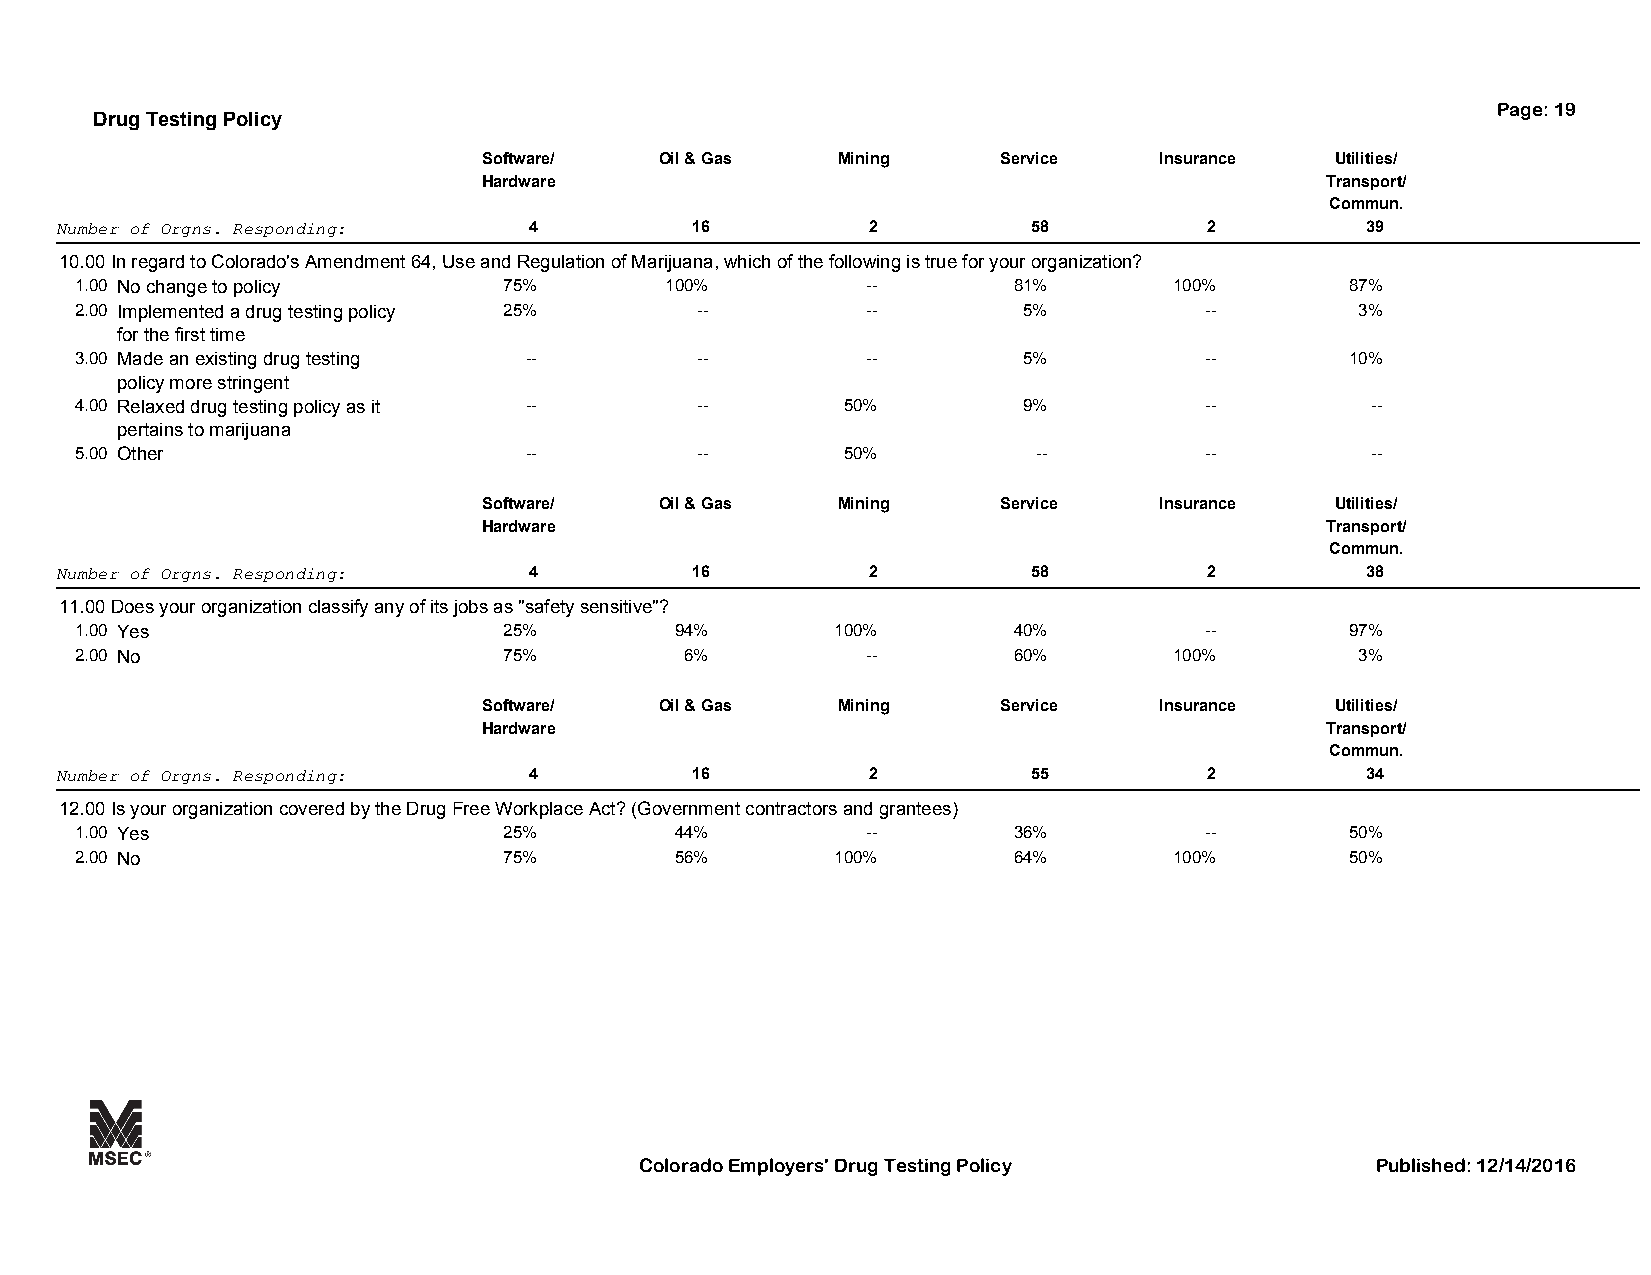
Page: 19
 Drug Testing Policy
 Software/   Oil & Gas  Mining     Service    Insurance  Utilities/
 Hardware                                                Transport/
 Commun.
 Number of Orgns. Responding:   4          16          2         58          2         39
 10.00In regard to Colorado's Amendment 64, Use and Regulation of Marijuana, which of the following is true for your organization?
 1.00 No change to policy    75%        100%         --        81%        100%       87%
 2.00 Implemented a drug testing policy 25% --       --         5%          --        3%
 for the first time
 3.00 Made an existing drug testing --    --         --         5%          --       10%
 policy more stringent
 4.00 Relaxed drug testing policy as it -- --       50%         9%          --         --
 pertains to marijuana
 5.00 Other                    --         --        50%          --         --         --
 Software/   Oil & Gas  Mining     Service    Insurance  Utilities/
 Hardware                                                Transport/
 Commun.
 Number of Orgns. Responding:   4          16          2         58          2         38
 11.00Does your organization classify any of its jobs as "safety sensitive"?
 1.00 Yes                    25%         94%       100%        40%          --       97%
 2.00 No                     75%         6%          --        60%        100%        3%
 Software/   Oil & Gas  Mining     Service    Insurance  Utilities/
 Hardware                                                Transport/
 Commun.
 Number of Orgns. Responding:   4          16          2         55          2         34
 12.00Is your organization covered by the Drug Free Workplace Act? (Government contractors and grantees)
 1.00 Yes                    25%         44%         --        36%          --       50%
 2.00 No                     75%         56%       100%        64%        100%       50%
 Colorado Employers' Drug Testing Policy          Published: 12/14/2016